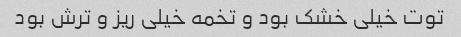
توت خیلی خشک بود و تخمه خیلی ریز و ترش بود